Medical and sanitary report of the native army of Bengal for the year
Year: 1874
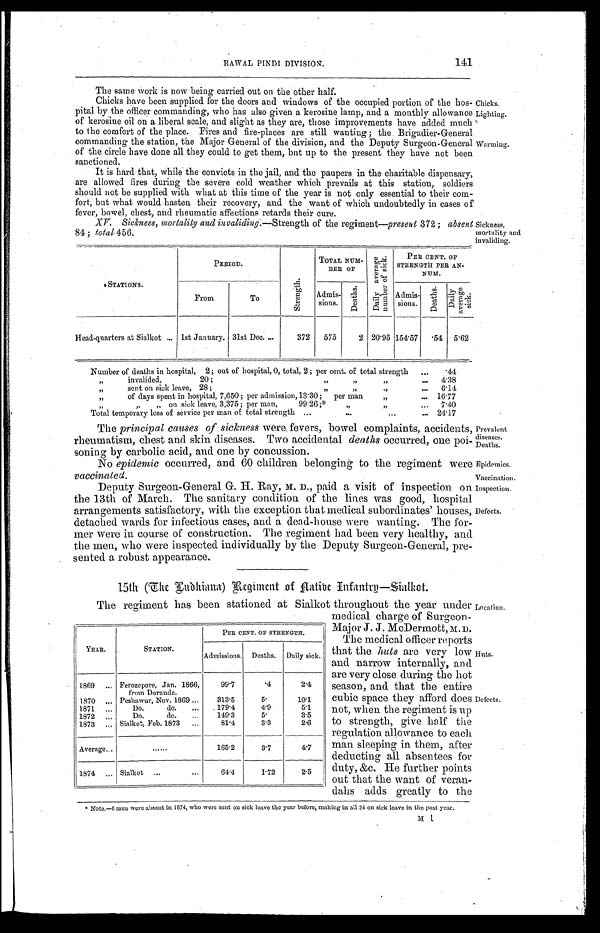
Prevalent
diseases.
Deaths.
Epidemics.
Vaccination.
Inspection.
Defects.
141
RAWAL PINDI DIVISION.
The same work is now being carried out on the other half.
Chicks have been supplied for the doors and windows of the occupied portion of the hos
-pital by the officer commanding, who has also given a kerosine lamp, and a monthly allowance
of kerosine oil on a liberal scale, and slight as they are, those improvements have added much
to the comfort of the place. Fires and fire-places are still wanting; the Brigadier-General
commanding the station, the Major General of the division, and the Deputy Surgeon-General
of the circle have done all they could to get them, but up to the present they have not been
sanctioned.
It is hard that, while the convicts in the jail, and the paupers in the charitable dispensary,
are allowed fires during the severe cold weather which prevails at this station, soldiers
should not be supplied with what at this time of the year is not only essential to their com
-fort, but what would hasten their recovery, and the want of which undoubtedly in cases of
fever, bowel, chest, and rheumatic affections retards their cure.
XV. Sickness, mortality and invaliding.— Strength of the regiment—present 372; absent
84; total 456.
STATIONS.
PERIOD.
S t r e n g t h .
TOTAL NUM-BER OF
D a i l y a v e r a g e n u mb e r o f s i c k .
PER CENT. OF
STRENGTH PER AN-
NUM .
From
To
Admis-
sions.
D e a t h s .
Admis-
sions.
D e a t h s . D a i l y a v e r a g e s i c k .
Head-quarters at Sialkot . . . 1st January. 31st Dec. . . .
372
575
2 20.95 154.57
. 5 4 5.62
Number of deaths in hospital, 2; out of hospital, 0, total, 2; per cent. of total strength . . .
.44
" invalided, 20; " " " . . .
4.38
" sent on sick leave, 28; " " " . . .
6.14
" of days spent in hospital, 7,650; per admission, 13.30; per man " . . . 16.77
" " " on sick leave, 3,375; per man, 99.26;* " " . . .
7.40
Total temporary loss of service per man of total strength . . . 24.17
The principal causes of sickness were fevers, bowel complaints, accidents,
rheumatism, chest and skin diseases. Two accidental deaths occurred, one poi
-soning by carbolic acid, and one by concussion.
No epidemic occurred, and 60 children belonging to the regiment were
vaccinated.
Deputy Surgeon-General G. H. Ray, M. D., paid a visit of inspection on
the 13th of March. The sanitary condition of the lines was good, hospital
arrangements satisfactory, with the exception that medical subordinates' houses,
detached wards for infectious cases, and a dead-house were wanting. The for
-mer were in course of construction. The regiment had been very healthy, and
the men, who were inspected individually by the Deputy Surgeon-General, pre
-sented a robust appearance.
15th (The Ludhiana) Regiment of Native Infantry—Sialkot.
Chicks.
Lighting.
Warming.
Sickness,
mortality and
invaliding.
The regiment has been stationed at Sialkot throughout the year under
medical charge of Surgeon
-Major J. J. McDermott. M. D.
The medical officer reports
that the huts are very low
and narrow internally, and
are very close during the hot
season, and that the entire
cubic space they afford does
not, when the regiment is up
to strength, give half the
regulation allowance to each
man sleeping in them, after
deducting all absentees for
duty, &c. He further points
out that the want of veran
-dahs adds greatly to the
* Note.—6 men were absent in 1874, who were sent on sick leave the year before, making in all 34 on sick leave in the past year.
YEAR.
STATION.
PER CENT. OF STRENGTH.
Admissions.
Deaths.
Daily sick.
1869 . . . Ferozepore, Jan. 1866,
from Doranda.
99.7
. 4 2.4
1870 . . . Peshawur, Nov. 1869 . . .
313.5
5.
10.1
1871 . . .
Do. do. . . .
179.4
4.9
5.1
1 8 7 2 . . .
Do. do. . . .
149.3
5.
3.5
1873 . . . Sialkot, Feb. 1873 . . .
81.4
3.3
2.6
Average . . .
. . .
165.2
3.7
4.7
1874 . . . Sialkot . . .
64.4
1 . 7 2
2.5
Location.
Huts.
Defects.
M 1